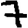
Digit: 7